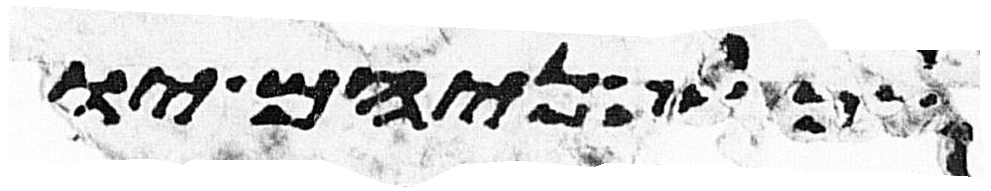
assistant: הלך לפניהם יומם